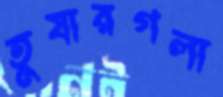
তুষারগলা